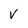
Character: V